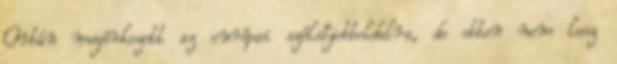
Orbán megérkezett az európai szélsőjobboldalra, de ebben nem lesz